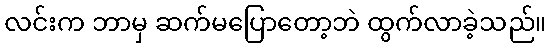
လင်းက ဘာမှ ဆက်မပြောတော့ဘဲ ထွက်လာခဲ့သည်။